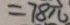
= 7 8 \pi